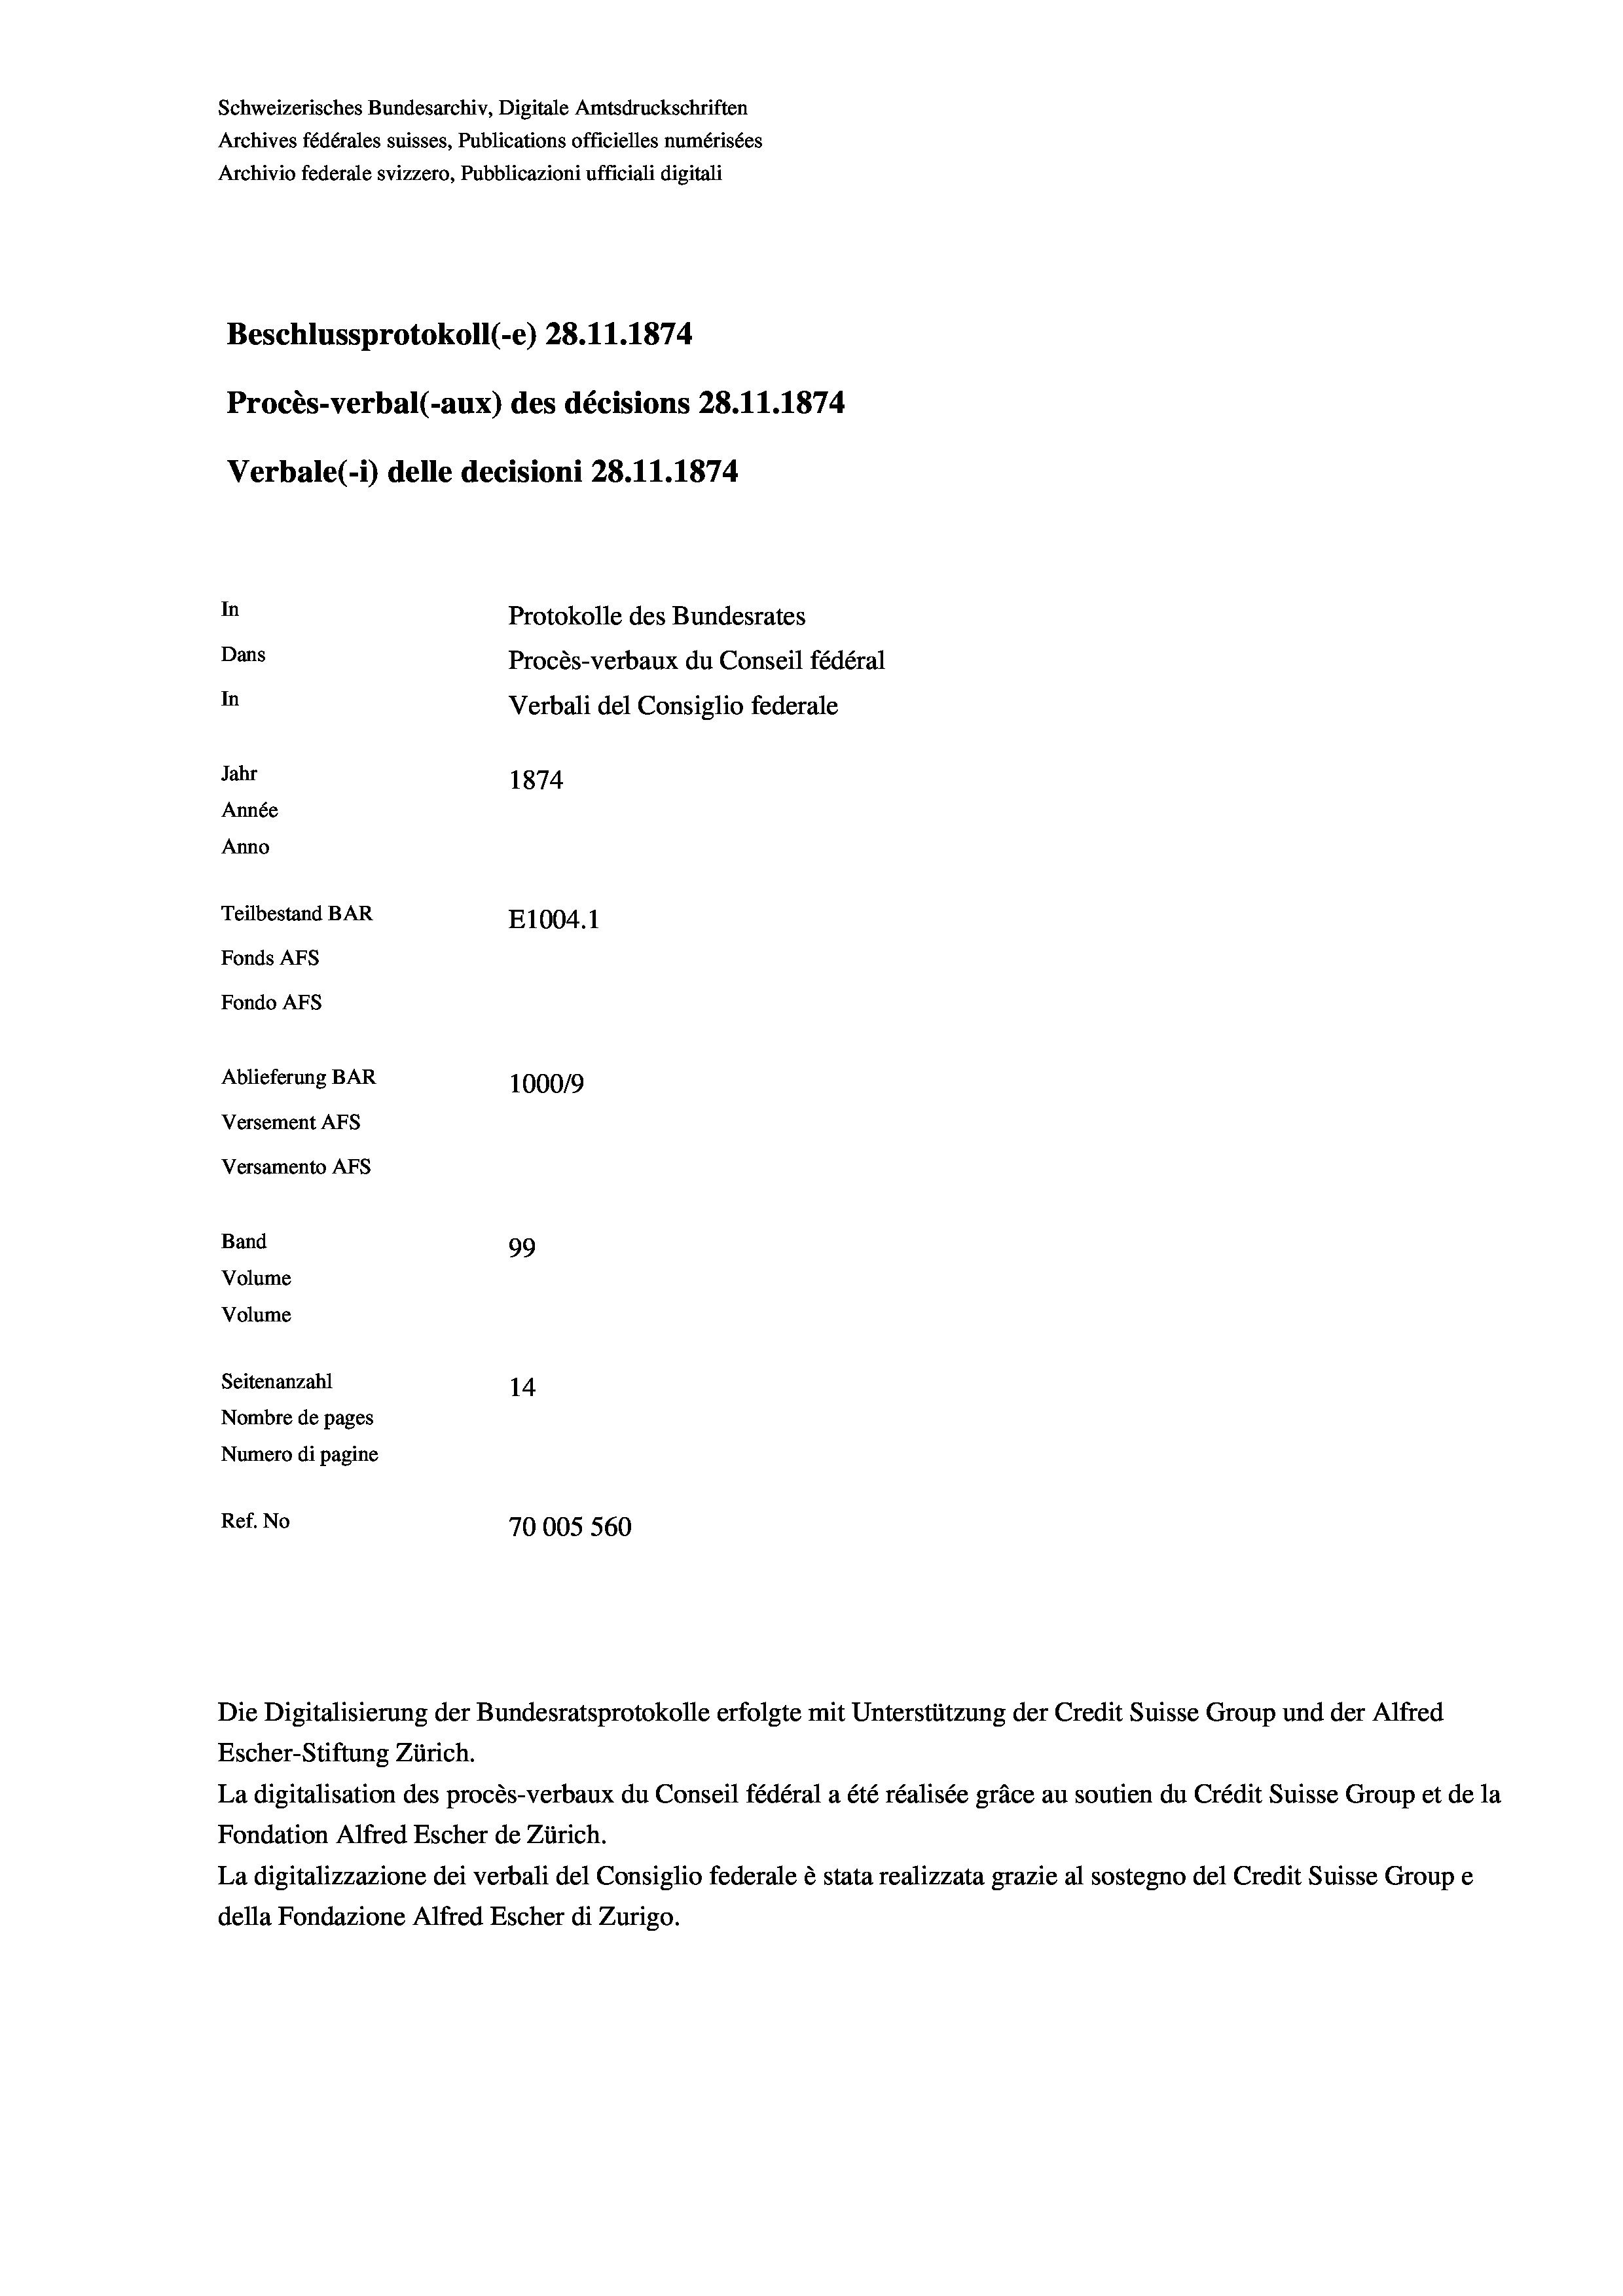
Schweizerisches Bundesarchiv, Digitale Amtsdruckschriften
Archives fédérales suisses, Publications officielles numérisées
Archivio federale svizzero, Pubblicazioni ufficiali digitali
Beschlussprotokoll (-e) 28.11.1874.
Procès-verbal (-aux) des décisions 28. 11. 1874
Verbale (- 1) delle decisioni 28. 11. 1874
In
Protokolle des Bundesrates
Dans
In
Jahr
1874
Année
Anno
Teilbestand BAR
E1004. 1
Fonds Afs
Fondo AFs
Ablieferung BAR
1000/9
Versement Abs
Versamento Afs
Band
99
Volume
Volume

Seitenanzahl
14
Nombre de pages
Numero di pagine
Ref. No
70005 560

Procès-verbaux du Conseil fédéral
Verbali del Consiglio federale

Die Digitalisierung der Bundesratsprotokolle erfolgte mit Unterstützung der Credit Suisse Group und der Alfred
Escher-Stiftung Zürich.
La digitalisation des procès-verbaux du Conseil fédéral a été réalisée gräce au soutien du Crédit Suisse Group et de la
Fondation Alfred Escher de Zürich.
La digitalizzazione dei verbali del Consiglio federale è stata realizzata grazie al sostegno del Credit Suisse Groupe
della Fondazione Alfred Escher di Zurigo.